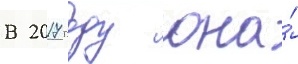
В 2017 году она́